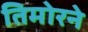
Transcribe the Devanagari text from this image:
तिमोरने